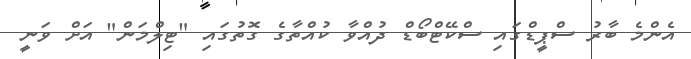
އެންމެ ބާރު ސްޕީޑްގައި ސްކޭޓްބޯޑް ދުއްވާ ކުއްތާގެ ގޮތުގައި "ޓިލްމަން" އަށް ވަނީ